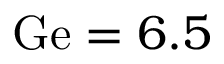
\mathrm { G e } = 6 . 5